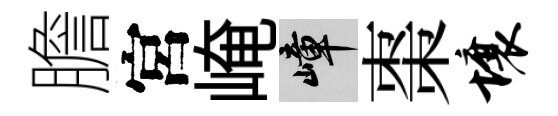
膽宮崦嶂棗壤